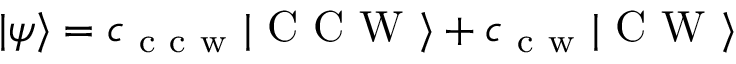
\vert \psi \rangle = c _ { \mathrm { ~ c ~ c ~ w ~ } } \vert \mathrm { ~ C ~ C ~ W ~ } \rangle + c _ { \mathrm { ~ c ~ w ~ } } \vert \mathrm { ~ C ~ W ~ } \rangle